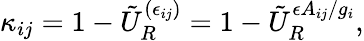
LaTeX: \kappa_{ij}=1-\tilde{U}_{R}^{(\epsilon_{ij})}=1-\tilde{U}_{R}^{\epsilon A_{ij}/g_{i}},